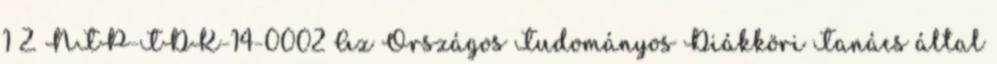
1 2. NTP-TDK-14-0002 Az Országos Tudományos Diákköri Tanács által